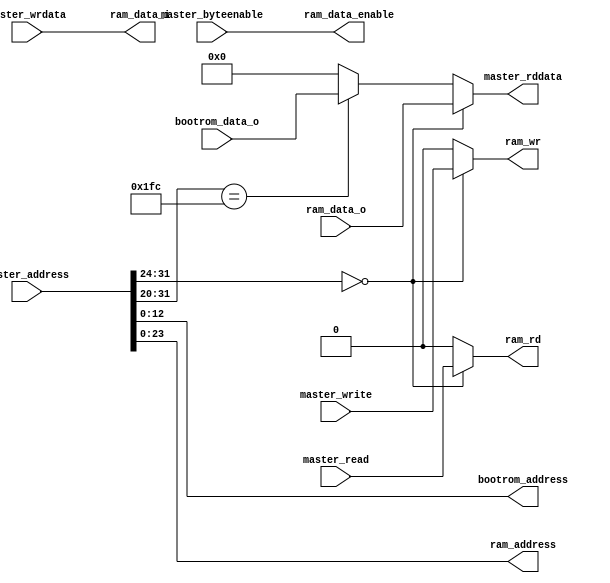
`default_nettype none
module ibus(/*autoport*/
//output
            master_rddata,
            bootrom_address,
            ram_address,
            ram_data_i,
            ram_data_enable,
            ram_rd,
            ram_wr,
//input
            master_address,
            master_byteenable,
            master_read,
            master_write,
            master_wrdata,
            bootrom_data_o,
            ram_data_o);

input wire[31:0] master_address;
input wire[3:0] master_byteenable;
input wire master_read;
input wire master_write;
input wire[31:0] master_wrdata;
output reg[31:0] master_rddata;

output wire[12:0] bootrom_address;
input wire[31:0] bootrom_data_o;

output wire[23:0] ram_address;
output wire[31:0] ram_data_i;
input wire[31:0] ram_data_o;
output wire[3:0] ram_data_enable;
output reg ram_rd;
output reg ram_wr;

assign bootrom_address = master_address[12:0];
assign ram_data_enable = master_byteenable;
assign ram_data_i = master_wrdata;
assign ram_address = master_address[23:0];
always @(*) begin
    ram_rd <= 1'b0;
    ram_wr <= 1'b0;
    master_rddata <= 32'h0;
    if(master_address[31:24] == 8'h00) begin
        ram_rd <= master_read;
        ram_wr <= master_write;
        master_rddata <= ram_data_o;
    end else if(master_address[31:20] == 12'h1fc) begin
        master_rddata <= bootrom_data_o;
    end
end

endmodule